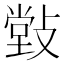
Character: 𰕒